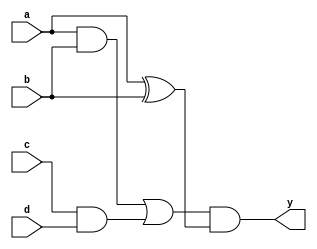
module multi_level_logic (
    input wire a,       // Input variable a
    input wire b,       // Input variable b
    input wire c,       // Input variable c
    input wire d,       // Input variable d
    output wire y       // Output variable y
);

// Intermediate signals for multi-level logic
wire ab_and;          // AND gate output for a and b
wire cd_and;          // AND gate output for c and d
wire ab_or;           // OR gate output for ab_and and cd_and
wire ab_xor;          // XOR gate output for a and b
wire ab_nand;         // NAND gate output for a and b
wire final_output;    // Final output signal

// Level 1: Basic logic operations
assign ab_and = a & b;               // AND operation
assign cd_and = c & d;               // AND operation
assign ab_or = ab_and | cd_and;      // OR operation between two ANDs
assign ab_xor = a ^ b;               // XOR operation
assign ab_nand = ~(a & b);           // NAND operation

// Level 2: Combining results
assign final_output = ab_or & ab_xor; // Combining results with AND

// Final output assignment
assign y = final_output;              // Output y from the final logic

endmodule